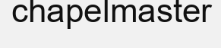
chapelmaster